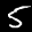
Label: 5